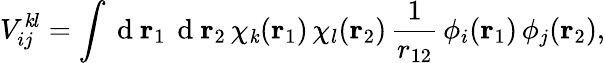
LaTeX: {V}_{ij}^{\mathit{k}l}=\int\mathrm{{~d~}}{\mathbf{{r}}_{1}}\, \mathrm{{~d~}}{\mathbf{{r}}_{2}}\, \chi_{\mathit{k}}({\mathbf{{r}}_{1}})\, \chi_{l}({\mathbf{{r}}_{2}})\, \frac{{1}}{{r_{12}}}\, \phi_{i}({\mathbf{{r}}_{1}})\, \phi_{j}({\mathbf{{r}}_{2}}),